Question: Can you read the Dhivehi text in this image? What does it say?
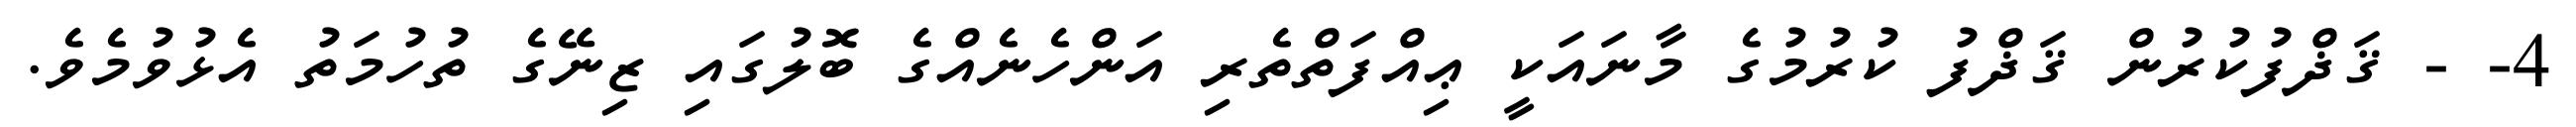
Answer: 4- - ޤަޛްފުކުރުން ޤަޛްފު ކުރުމުގެ މާނައަކީ ޢިއްފަތްތެރި އަންހެނެއްގެ ބޮލުގައި ޒިނޭގެ ތުހުމަތު އެޅުވުމެވެ.